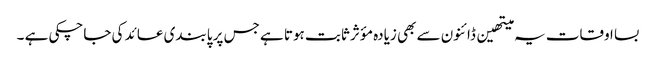
بسا اوقات یہ میتھین ڈائنون سے بھی زیادہ مؤثر ثابت ہوتا ہے جس پر پابندی عائد کی جاچکی ہے ۔